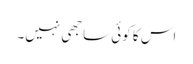
اس کا کوئی ساجھی نہیں۔